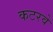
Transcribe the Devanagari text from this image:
कटरवे